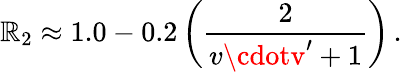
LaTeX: \mathbb{R}_{2}\approx1.0-0.2\, \bigg({\frac{{2}}{{v\cdotv^{\prime}+1}}}\bigg)\, .